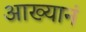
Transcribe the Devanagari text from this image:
आख्यानं